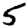
Digit: 5